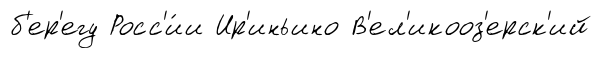
б'ер'егу Росс'и́и Ир'иньино В'ел'икооз'ерск'ий